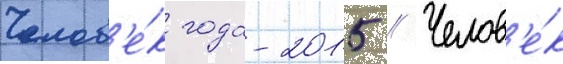
Челов'е́к года-2015 // Челов'е́к